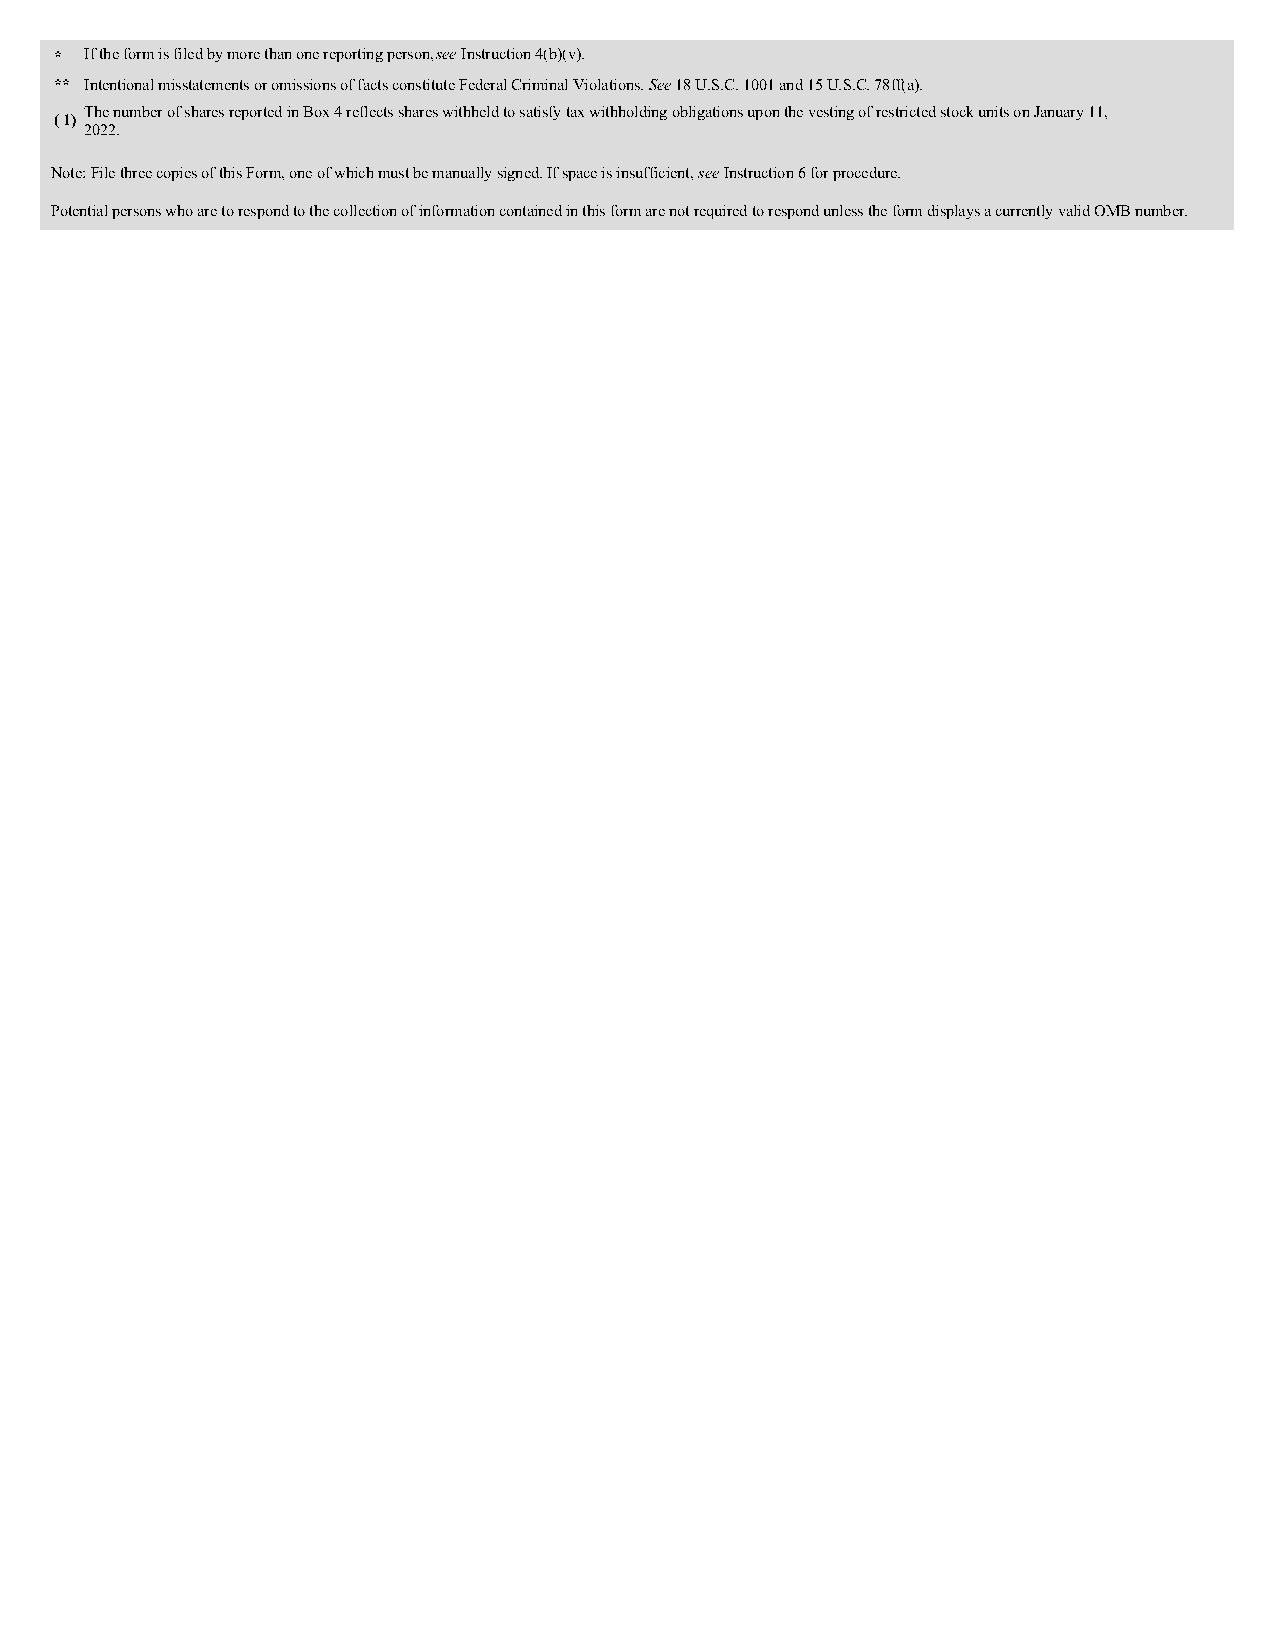
* If the form is filed by more than one reporting person, see Instruction 4(b)(v).
 ** Intentional misstatements or omissions of facts constitute Federal Criminal Violations. See 18 U.S.C. 1001 and 15 U.S.C. 78ff(a).
 The number of shares reported in Box 4 reflects shares withheld to satisfy tax withholding obligations upon the vesting of restricted stock units on January 11,
 ( 1)
 2022.
 Note: File three copies of this Form, one of which must be manually signed. If space is insufficient, see Instruction 6 for procedure.
 Potential persons who are to respond to the collection of information contained in this form are not required to respond unless the form displays a currently valid OMB number.